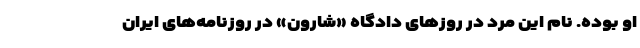
او بوده. نام این مرد در روزهای دادگاه «شارون» در روزنامه‌های ایران